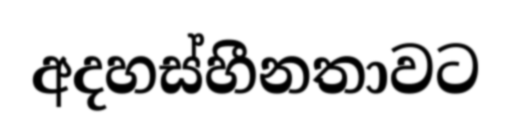
අදහස්හීනතාවට